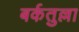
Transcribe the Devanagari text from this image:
बर्कतुल्ला